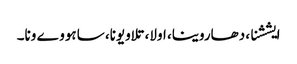
ایششنا، دھاروینا، اولا، تلاویونا، ساہو وے ونا۔